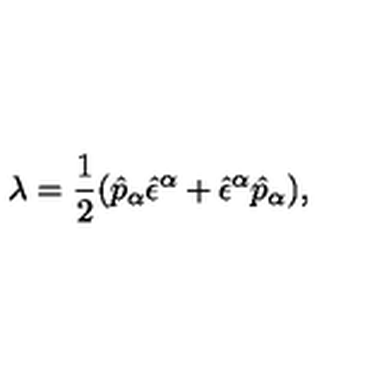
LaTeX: \lambda = \frac { 1 } { 2 } ( \hat { p } _ { \alpha } \hat { \epsilon } ^ { \alpha } + \hat { \epsilon } ^ { \alpha } \hat { p } _ { \alpha } ) ,